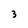
Character: 3